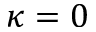
\kappa = 0